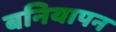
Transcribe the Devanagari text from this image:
बनियापन